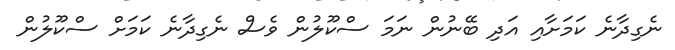
ނެގިދާނެ ކަމަށާއި އަދި ބޭނުން ނަމަ ސްކޫލުން ވެސް ނެގިދާނެ ކަމަށް ސްކޫލުން